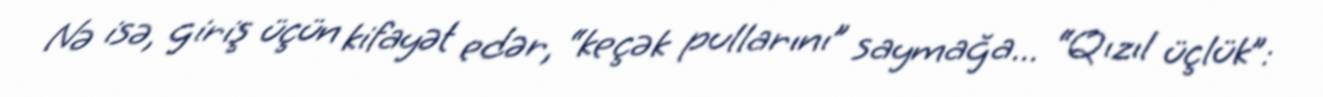
Nə isə, giriş üçün kifayət edər, “keçək pullarını” saymağa... “Qızıl üçlük”: